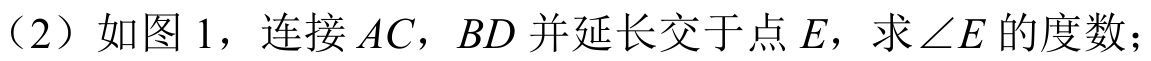
（2）如图1，连接\(AC\)，\(BD\)并延长交于点\(E\)，求\(\angle E\)的度数；